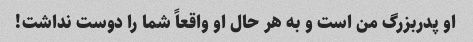
او پدربزرگ من است و به هر حال او واقعاً شما را دوست نداشت!